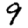
Digit: 9